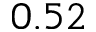
0 . 5 2